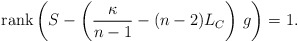
\begin{align*}\mbox{rank} \left(S - \left(\frac{ \kappa }{n-1} - (n-2) L_{C}\right)\,g \right) = 1.\end{align*}